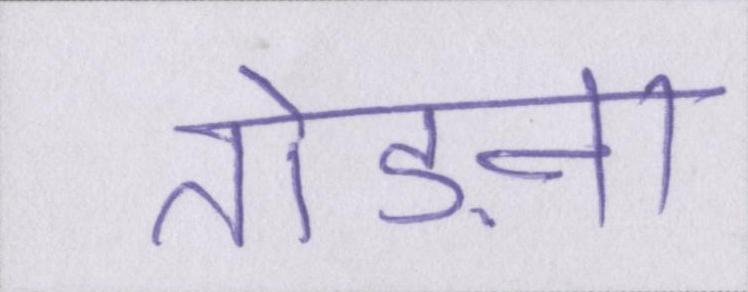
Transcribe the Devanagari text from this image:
तोड़ना